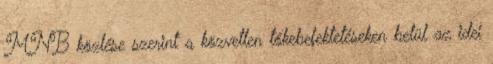
MNB közlése szerint a közvetlen tőkebefektetéseken belül az idei